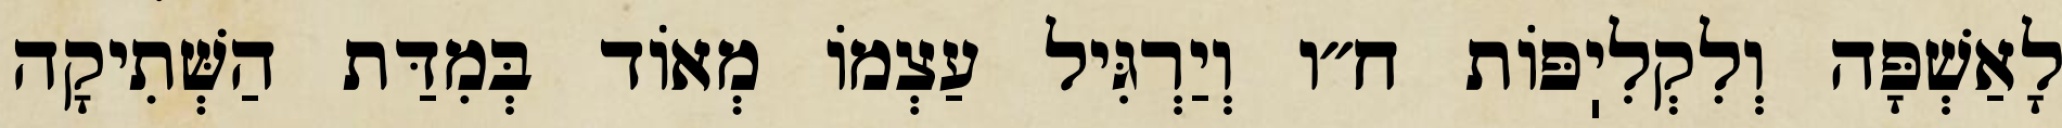
לָאַשְׁפָּה וְלִקְלִיֽפּוֹת ח״ו וְיַרְגִּיל עַצְמוֹ מְאוֹד בְּמִדַּת הַשְּׁתִיקָה